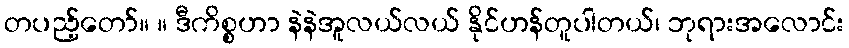
တပည့်တော်။ ။ ဒီကိစ္စဟာ နဲနဲအူလယ်လယ် နိုင်ဟန်တူပါတယ်၊ ဘုရားအလောင်း